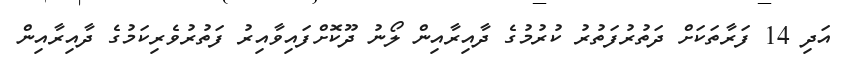
އަދި 14 ފަރާތަކަށް ދަތުރުފަތުރު ކުރުމުގެ ދާއިރާއިން ލޯނު ދޫކޮށްފައިވާއިރު ފަތުރުވެރިކަމުގެ ދާއިރާއިން